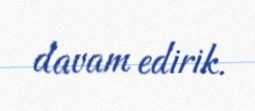
davam edirik.